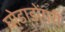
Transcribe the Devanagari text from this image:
घोड़ाडोंगरी